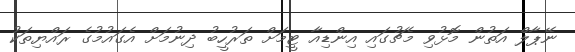
ނޭޕާލް އަތުން މޮޅުވި މެޗުގައި އިންޑިއާ ޓީމަށް ތަރުހީބު ދިނުމަށް އެގައުމުގެ ރައްޔިތަކު